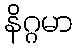
နိဂ္ဂမာ